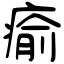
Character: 瘉